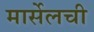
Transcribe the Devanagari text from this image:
मार्सेलची